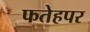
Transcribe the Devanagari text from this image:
फतेहपर